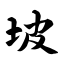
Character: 坡